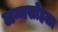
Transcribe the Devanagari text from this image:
लग्नसोहळा